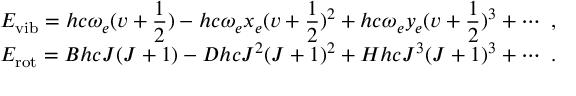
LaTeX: \begin{array} { l } { { E _ { \mathrm { v i b } } = \displaystyle h c \omega _ { e } ( v + { \frac { 1 } { 2 } } ) - h c \omega _ { e } x _ { e } ( v + { \frac { 1 } { 2 } } ) ^ { 2 } + h c \omega _ { e } y _ { e } ( v + { \frac { 1 } { 2 } } ) ^ { 3 } + \cdots ~ , } } \\ { { E _ { \mathrm { r o t } } = B h c J ( J + 1 ) - D h c J ^ { 2 } ( J + 1 ) ^ { 2 } + H h c J ^ { 3 } ( J + 1 ) ^ { 3 } + \cdots ~ . } } \end{array}